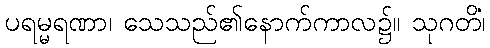
ပရမ္မရဏာ၊ သေသည်၏နောက်ကာလ၌။ သုဂတိံ၊